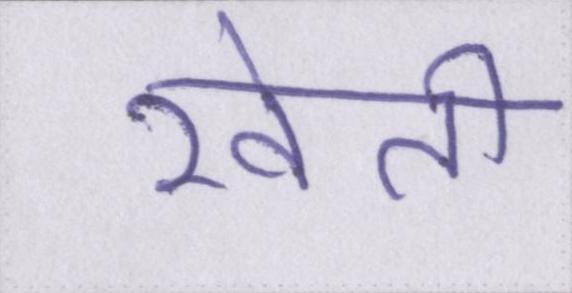
खेती